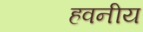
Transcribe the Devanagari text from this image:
हवनीय